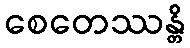
စေတေဿန္တိ